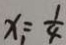
x _ { 1 } = \frac { 1 } { 4 }